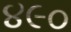
૪૯૦